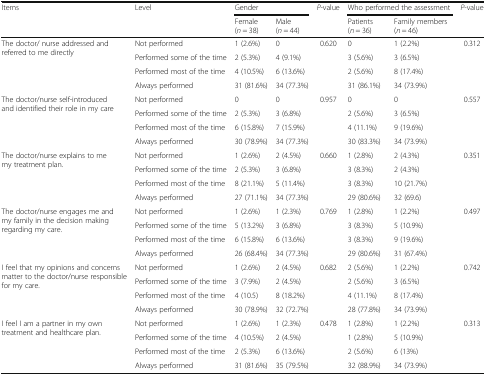
<table><thead><tr><td rowspan="2"><b>Items</b></td><td rowspan="2"><b>Level</b></td><td colspan="2"><b>Gender</b></td><td rowspan="2"><b><i>P</i>-value</b></td><td colspan="2"><b>Who performed the assessment</b></td><td rowspan="2"><b><i>P</i>-value</b></td></tr><tr><td><b>Female (<i>n</i> = 38)</b></td><td><b>Male (<i>n</i> = 44)</b></td><td><b>Patients (<i>n</i> = 36)</b></td><td><b>Family members (<i>n</i> = 46)</b></td></tr></thead><tbody><tr><td rowspan="4">The doctor/ nurse addressed and referred to me directly</td><td>Not performed</td><td>1 (2.6%)</td><td>0</td><td rowspan="4">0.620</td><td>0</td><td>1 (2.2%)</td><td rowspan="4">0.312</td></tr><tr><td>Performed some of the time</td><td>2 (5.3%)</td><td>4 (9.1%)</td><td>3 (5.6%)</td><td>3 (6.5%)</td></tr><tr><td>Performed most of the time</td><td>4 (10.5%)</td><td>6 (13.6%)</td><td>2 (5.6%)</td><td>8 (17.4%)</td></tr><tr><td>Always performed</td><td>31 (81.6%)</td><td>34 (77.3%)</td><td>31 (86.1%)</td><td>34 (73.9%)</td></tr><tr><td rowspan="4">The doctor/nurse self-introduced and identified their role in my care</td><td>Not performed</td><td>0</td><td>0</td><td rowspan="4">0.957</td><td>0</td><td>0</td><td rowspan="4">0.557</td></tr><tr><td>Performed some of the time</td><td>2 (5.3%)</td><td>3 (6.8%)</td><td>2 (5.6%)</td><td>3 (6.5%)</td></tr><tr><td>Performed most of the time</td><td>6 (15.8%)</td><td>7 (15.9%)</td><td>4 (11.1%)</td><td>9 (19.6%)</td></tr><tr><td>Always performed</td><td>30 (78.9%)</td><td>34 (77.3%)</td><td>30 (83.3%)</td><td>34 (73.9%)</td></tr><tr><td rowspan="4">The doctor/nurse explains to me my treatment plan.</td><td>Not performed</td><td>1 (2.6%)</td><td>2 (4.5%)</td><td rowspan="4">0.660</td><td>1 (2.8%)</td><td>2 (4.3%)</td><td rowspan="4">0.351</td></tr><tr><td>Performed some of the time</td><td>2 (5.3%)</td><td>3 (6.8%)</td><td>3 (8.3%)</td><td>2 (4.3%)</td></tr><tr><td>Performed most of the time</td><td>8 (21.1%)</td><td>5 (11.4%)</td><td>3 (8.3%)</td><td>10 (21.7%)</td></tr><tr><td>Always performed</td><td>27 (71.1%)</td><td>34 (77.3%)</td><td>29 (80.6%)</td><td>32 (69.6)</td></tr><tr><td rowspan="4">The doctor/nurse engages me and my family in the decision making regarding my care.</td><td>Not performed</td><td>1 (2.6%)</td><td>1 (2.3%)</td><td rowspan="4">0.769</td><td>1 (2.8%)</td><td>1 (2.2%)</td><td rowspan="4">0.497</td></tr><tr><td>Performed some of the time</td><td>5 (13.2%)</td><td>3 (6.8%)</td><td>3 (8.3%)</td><td>5 (10.9%)</td></tr><tr><td>Performed most of the time</td><td>6 (15.8%)</td><td>6 (13.6%)</td><td>3 (8.3%)</td><td>9 (19.6%)</td></tr><tr><td>Always performed</td><td>26 (68.4%)</td><td>34 (77.3%)</td><td>29 (80.6%)</td><td>31 (67.4%)</td></tr><tr><td rowspan="4">I feel that my opinions and concerns matter to the doctor/nurse responsible for my care.</td><td>Not performed</td><td>1 (2.6%)</td><td>2 (4.5%)</td><td rowspan="4">0.682</td><td>2 (5.6%)</td><td>1 (2.2%)</td><td rowspan="4">0.742</td></tr><tr><td>Performed some of the time</td><td>3 (7.9%)</td><td>2 (4.5%)</td><td>2 (5.6%)</td><td>3 (6.5%)</td></tr><tr><td>Performed most of the time</td><td>4 (10.5)</td><td>8 (18.2%)</td><td>4 (11.1%)</td><td>8 (17.4%)</td></tr><tr><td>Always performed</td><td>30 (78.9%)</td><td>32 (72.7%)</td><td>28 (77.8%)</td><td>34 (73.9%)</td></tr><tr><td rowspan="4">I feel I am a partner in my own treatment and healthcare plan.</td><td>Not performed</td><td>1 (2.6%)</td><td>1 (2.3%)</td><td rowspan="4">0.478</td><td>1 (2.8%)</td><td>1 (2.2%)</td><td rowspan="4">0.313</td></tr><tr><td>Performed some of the time</td><td>4 (10.5%)</td><td>2 (4.5%)</td><td>1 (2.8%)</td><td>5 (10.9%)</td></tr><tr><td>Performed most of the time</td><td>2 (5.3%)</td><td>6 (13.6%)</td><td>2 (5.6%)</td><td>6 (13%)</td></tr><tr><td>Always performed</td><td>31 (81.6%)</td><td>35 (79.5%)</td><td>32 (88.9%)</td><td>34 (73.9%)</td></tr></tbody></table>